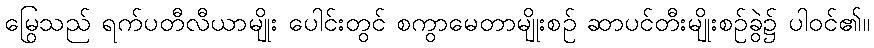
မြွေသည် ရက်ပတီလီယာမျိုး ပေါင်းတွင် စကွာမေတာမျိုးစဉ် ဆာပင်တီးမျိုးစဉ်ခွဲ၌ ပါဝင်၏။